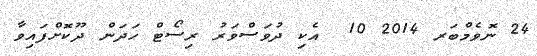
24 ނޮވެމްބަރ 2014 10  އެކި ދުވަސްވަރު ރިސޯޓް ހަދަން ދޫކޮށްފައިވާ